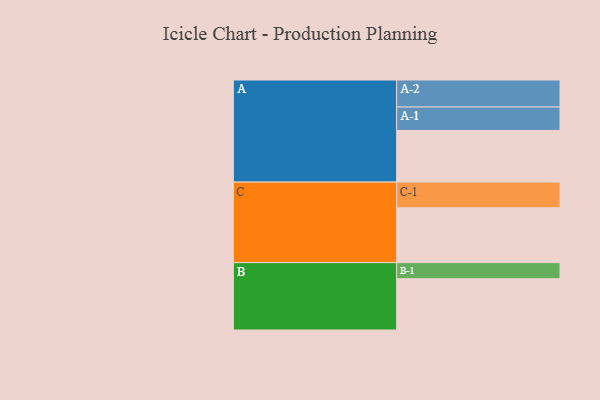
{"axis": {"x": "Segment", "y": "Value"}, "legend": ["", "A", "B", "C"], "data": [{"x": "A", "y": 501, "type": ""}, {"x": "B", "y": 497, "type": ""}, {"x": "C", "y": 532, "type": ""}, {"x": "A-1", "y": 227, "type": "A"}, {"x": "A-2", "y": 262, "type": "A"}, {"x": "B-1", "y": 156, "type": "B"}, {"x": "C-1", "y": 249, "type": "C"}]}